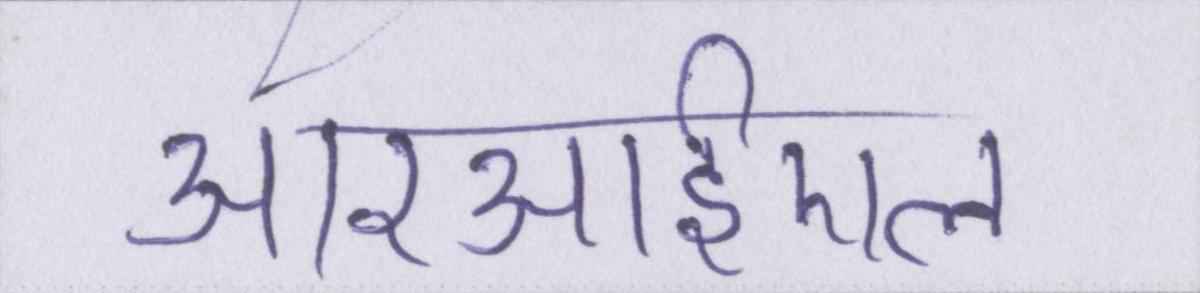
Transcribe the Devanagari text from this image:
आरआईएल